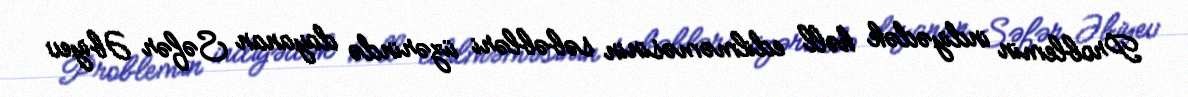
Problemin indiyədək həll edilməməsinin səbəbləri üzərində dayanan Səfər Əbiyev